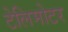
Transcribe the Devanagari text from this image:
टेलिमोटर